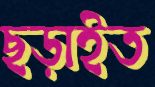
ছড়াইত